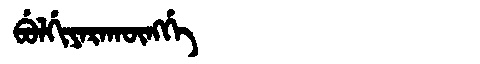
Manchu: ᠪᡠᠯᡤᡳᠶᠠᡵᠠᡴᡡᠩᡤᡝ
Romanization: BULGIYARAKŪNGGE